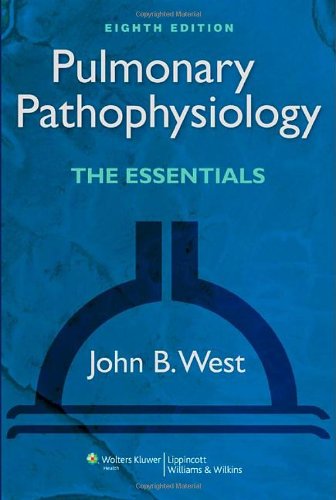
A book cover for Pulmonary Pathophysiology: The Essentials (PULMONARY PATHOPHYSIOLOGY (WEST)); John B. West MD  PhD; Medical Books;